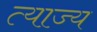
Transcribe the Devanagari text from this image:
त्‍याज्‍य